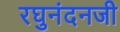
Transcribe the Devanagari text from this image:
रघुनंदनजी